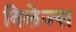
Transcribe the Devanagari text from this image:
विलेज्स